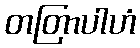
တတြာပါဟံ